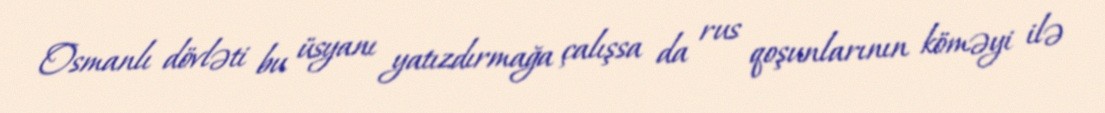
Osmanlı dövləti bu üsyanı yatızdırmağa çalışsa da rus qoşunlarının köməyi ilə